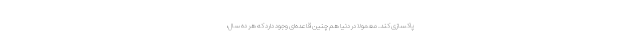
پاکسازی کند. معمولاً در دنیا هم چنین قاعده‌ای وجود دارد که هر ده سال،